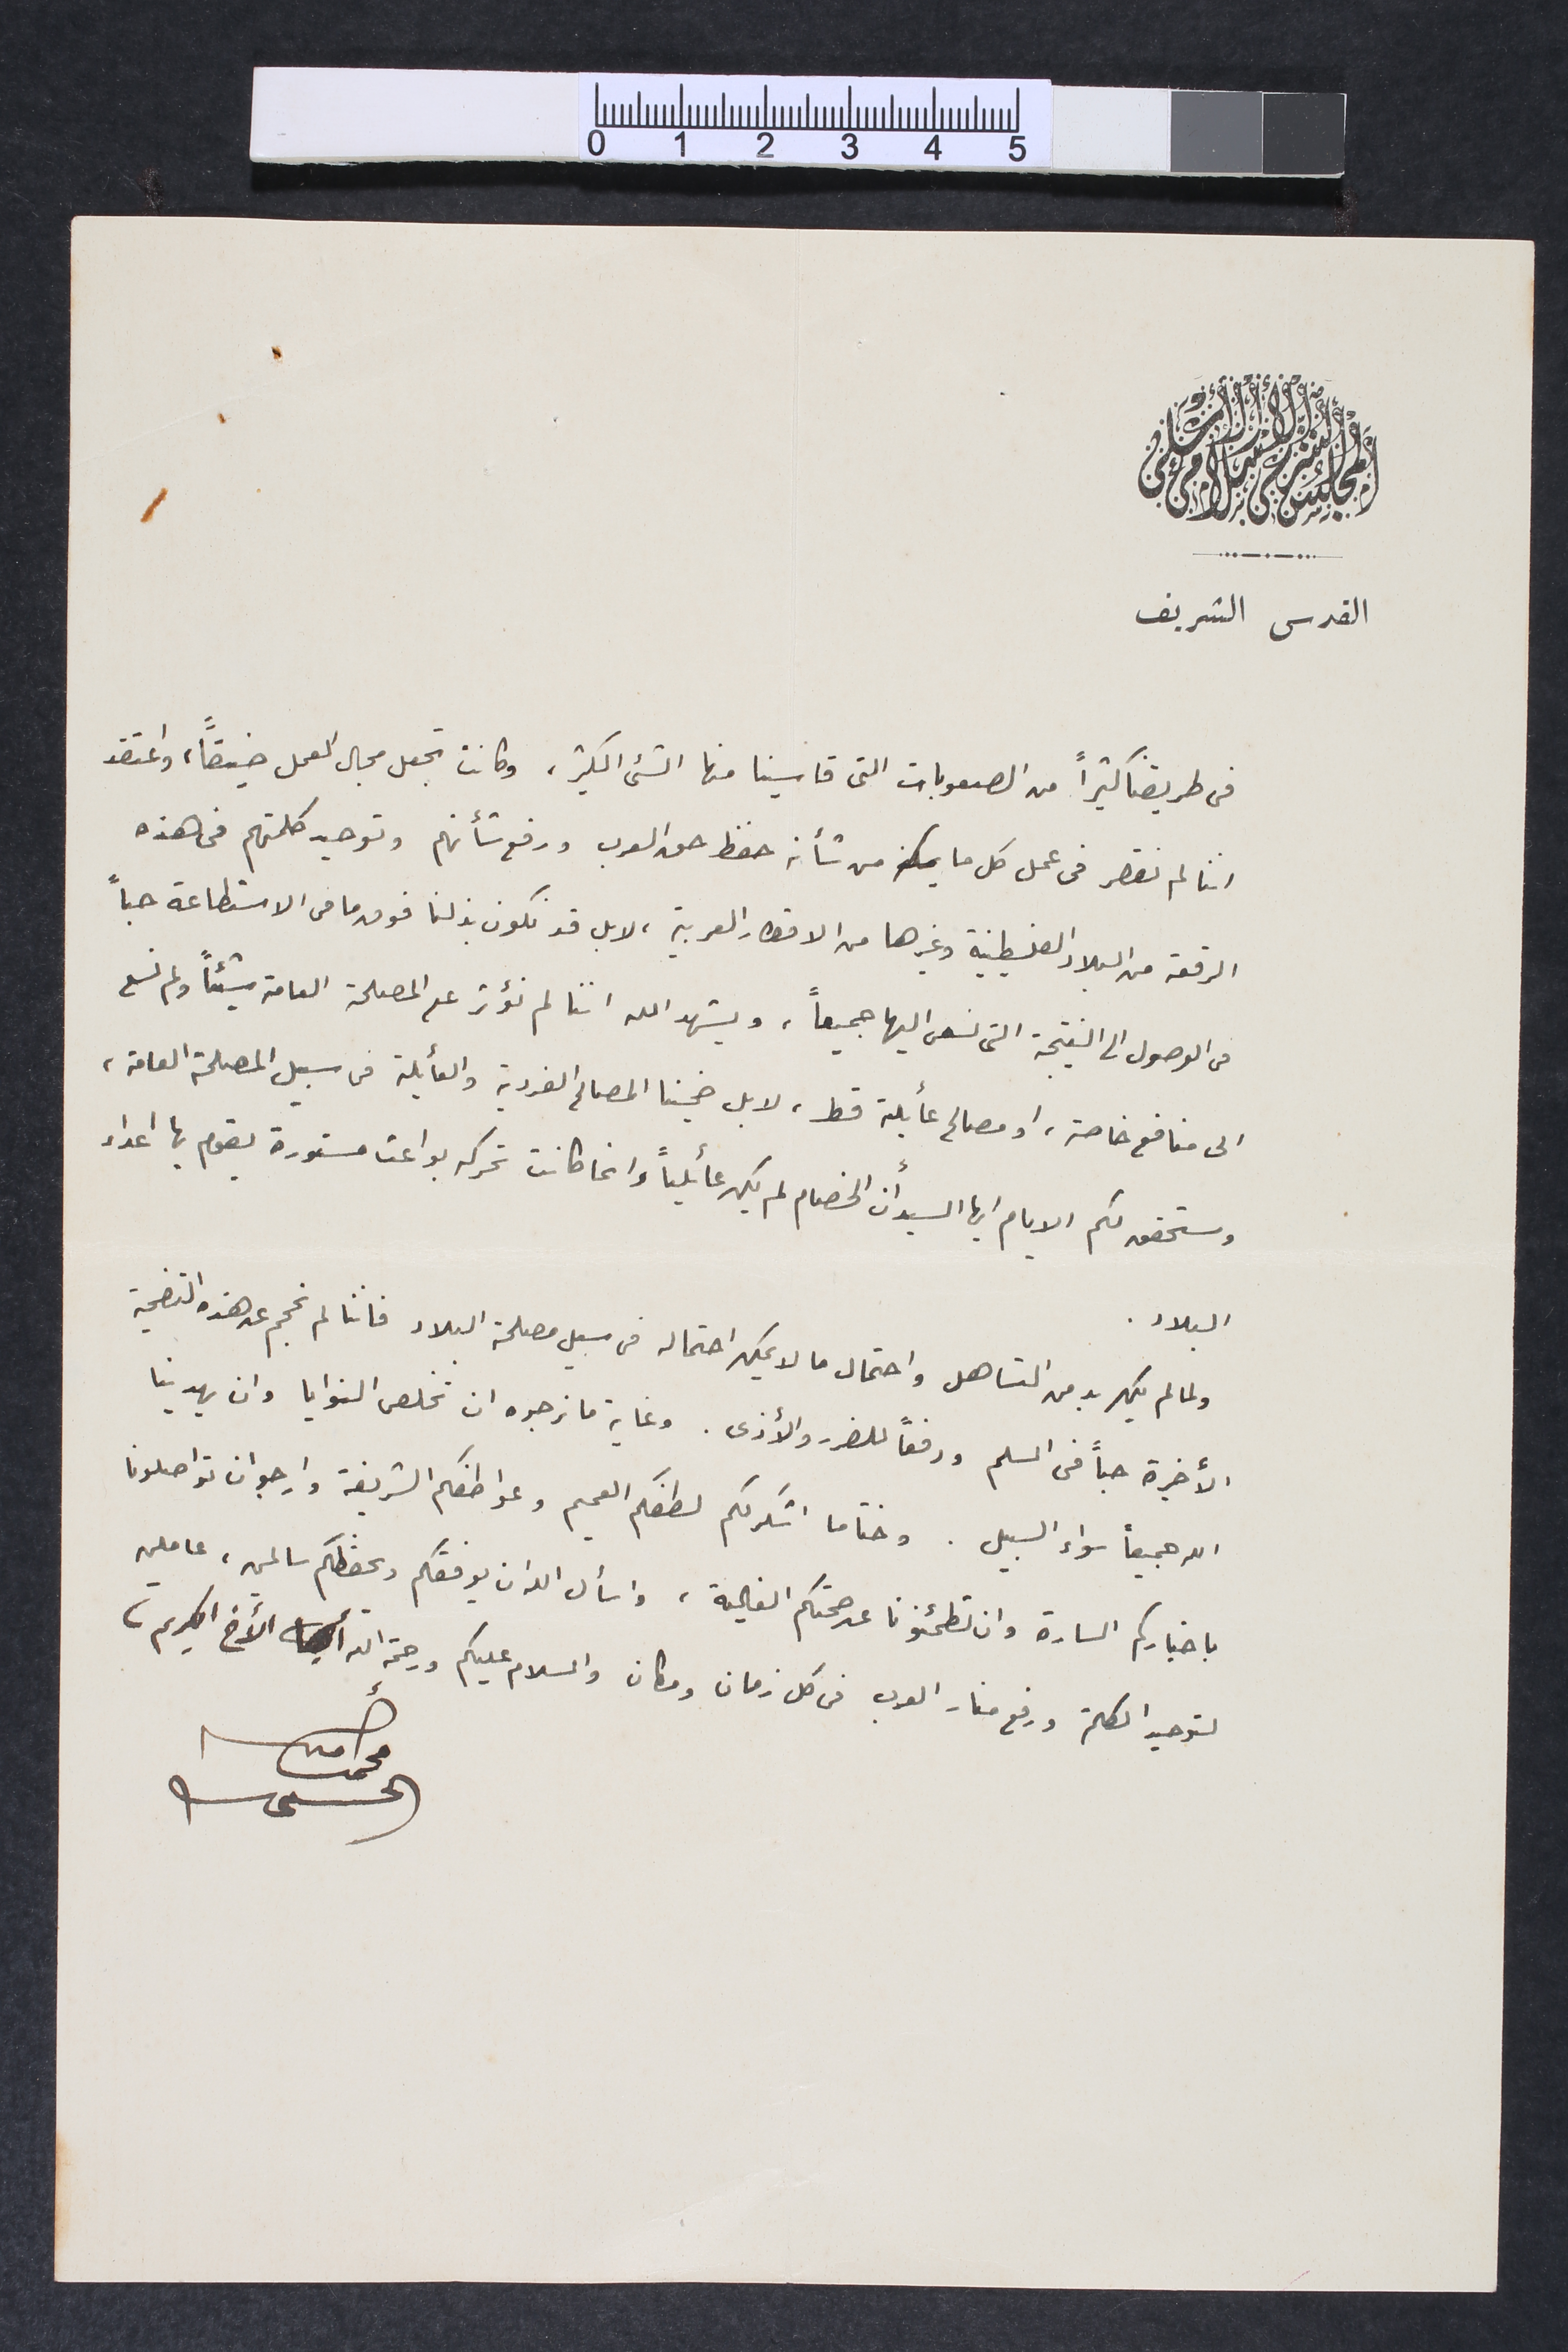
المجلس الشرعى الاسلامى الاعلى
القدس الشريف
فى طريقنا كثيراً من الصعوبات التى قاسينا منها الشئ الكثير، وكانت تجعل مجال العمل ضيقاً، واعتقد
اننا لم نقصر فى عمل كل ما من شأنه حفظ حق العرب ورفع شأنهم وتوحيد كلمتهم فى هذه
الرقعة من البلاد الفلسطينية وغيرها من الاقطار العربية، لا بل قد نكون بذلنا فوق ما فى الاستطاعة جداً
فى الوصول الى النتيجة التى نسعى اليها جميعاً، ويشهد الله اننا لم نؤثر على المصلحة العامة شيئاً ولم نسعى
الى منافع خاصة، او مصالح عائلية قط، لا بل ضحينا المصالح الفردية والعائلية فى سبيل المصلحة العامة،
وستحقق لكم الايام ايها السيد أن الخصام لم يكن عائلياً وانما كانت تحركه بواعث مستورة يقوم بها اعداء
البلاد.
ولما لم يكن بد من التساهل واحتمال ما لا يمكن احتماله فى سبيل مصلحة البلاد فاننا لم نحجم عن هذه التضحية
الأخيرة حباً فى السلم ودفعاَ للضرر والأذى. وغاية ما نرجوه ان تخلص النوايا وان يهدينا
الله جميعاً سواء السبيل. وختاما اشكر لكم لطفكم الصميم وعواطفكم الشريفة وارجو ان تواصلونا
باخباركم السارة وان تطمئنونا عن صحتكم الغالية، واسأل الله ان يوفقكم ويحفظكم سالمين، عاملين
لتوحيد الكلمة ورفع منار العرب فى كل زمان ومكان والسلام عليكم ورحمة الله الأخ الكريم،
 محمد امين الحسيني